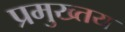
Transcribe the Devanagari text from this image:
प्रमुख्तय